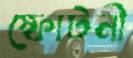
স্ফোটনী